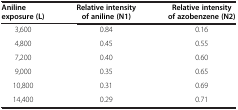
<table><thead><tr><td><b>Aniline exposure (L)</b></td><td><b>Relative intensity of aniline (N1)</b></td><td><b>Relative intensity of azobenzene (N2)</b></td></tr></thead><tbody><tr><td>3,600</td><td>0.84</td><td>0.16</td></tr><tr><td>4,800</td><td>0.45</td><td>0.55</td></tr><tr><td>7,200</td><td>0.40</td><td>0.60</td></tr><tr><td>9,000</td><td>0.35</td><td>0.65</td></tr><tr><td>10,800</td><td>0.31</td><td>0.69</td></tr><tr><td>14,400</td><td>0.29</td><td>0.71</td></tr></tbody></table>